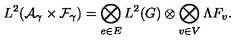
L ^ { 2 } ( { \cal A } _ { \gamma } \times { \cal F } _ { \gamma } ) = \bigotimes _ { e \in E } L ^ { 2 } ( G ) \otimes \bigotimes _ { v \in V } \Lambda F _ { v } .